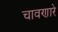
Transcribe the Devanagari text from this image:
चावणारे